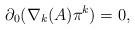
LaTeX: \begin{align*}\partial_{0}(\nabla_{k}(A) \pi^{k}) = 0,\end{align*}